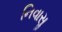
નિવાસૢ